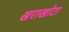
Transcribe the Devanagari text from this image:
खराखोटा